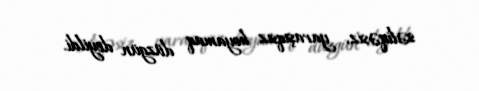
səliqəsiz, yaraşıqsız boyamaq düzgün deyildi.